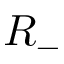
R _ { - }